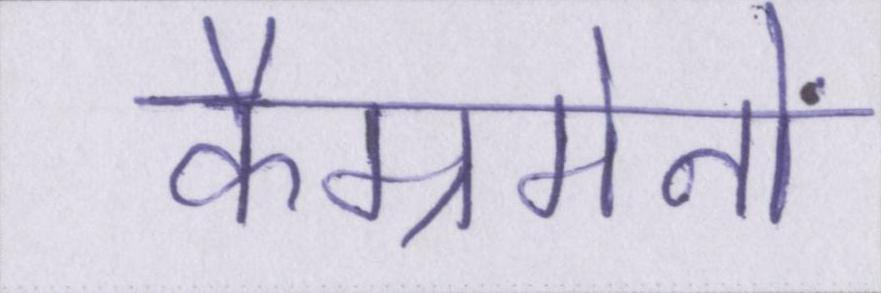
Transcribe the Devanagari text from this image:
कैम्रमेनों